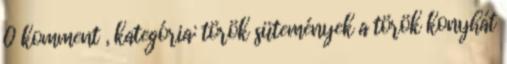
0 komment , kategória: török sütemények a török konyhát